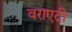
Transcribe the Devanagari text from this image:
वराएटी